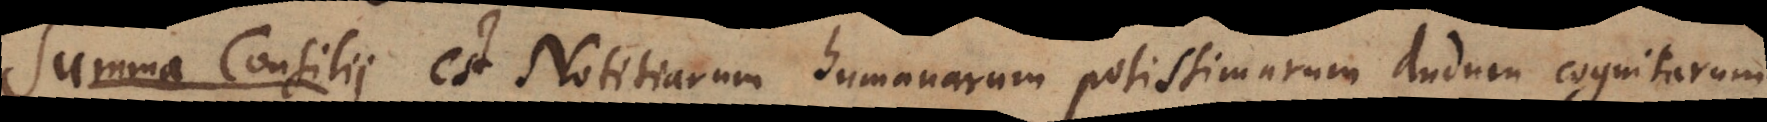
Summa Consilii est Notitiarum humanarum potissimarum dudum cognitarum